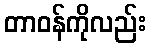
တာဝန်ကိုလည်း